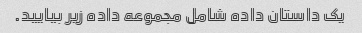
یک داستان داده شامل مجموعه داده زیر بیایید.